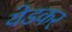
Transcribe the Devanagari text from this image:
येडकर